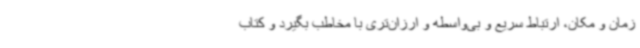
زمان و مکان، ارتباط سریع و بی‌واسطه و ارزان‌تری با مخاطب بگیرد و کتاب